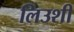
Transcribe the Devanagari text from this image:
लिउशी